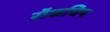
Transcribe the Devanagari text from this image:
रॉकचिप